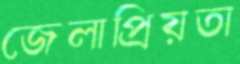
জেলাপ্রিয়তা